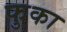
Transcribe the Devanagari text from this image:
फुका